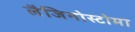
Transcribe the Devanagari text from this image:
लैजिनोस्टोमा